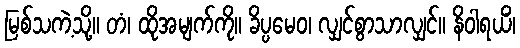
မြစ်သကဲ့သို့။ တံ၊ ထိုအမျက်ကို။ ခိပ္ပမေဝ၊ လျှင်စွာသာလျှင်။ နိဝါရယိံ၊